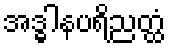
အဒ္ဓါနပရိညတ္ထံ